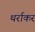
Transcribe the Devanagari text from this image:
थर्राकर